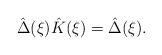
LaTeX: \begin{align*}\hat{\Delta}(\xi)\hat{K}(\xi)=\hat{\Delta}(\xi).\end{align*}